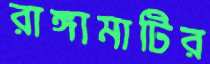
রাঙ্গামাটির